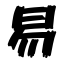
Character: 易